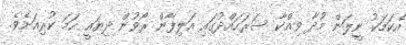
އެކަމަކު ނީލަން މުދާ ވިއްކާ ސަރަހައްދުގައި އަލިފާން ރޯވުން ދިޔައީ ހަމަ ކުރިއަށެވެ.